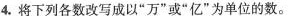
4.将下列各数改写成以”万”或”亿”为单位的数。